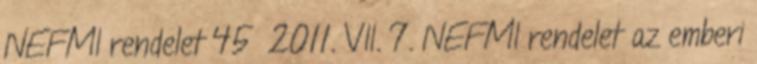
NEFMI rendelet 45 2011. VII. 7. NEFMI rendelet az emberi